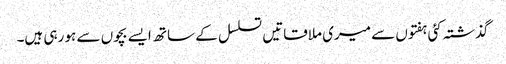
گذشتہ کئی ہفتوں سے میری ملاقاتیں تسلسل کے ساتھ ایسے بچوں سے ہو رہی ہیں۔